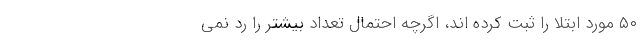
۵۰ مورد ابتلا را ثبت کرده اند، اگرچه احتمال تعداد بیشتر را رد نمی